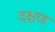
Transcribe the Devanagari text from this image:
दक्षण